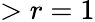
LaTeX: >r=1